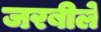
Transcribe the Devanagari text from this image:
जरबीले